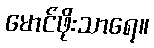
မောင်ဖိုးသာရေ။